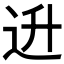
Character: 𬨠